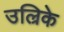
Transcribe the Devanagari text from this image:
उल्रिके